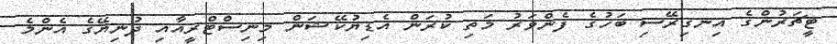
ޓީޗަރުންގެ އިނގިރޭސި ބަހުގެ ފެންވަރު މަތި ކުރަން އެޑިޔުކޭޝަން މިނިސްޓްރީއާއި ދުނިޔޭގެ އެންމެ